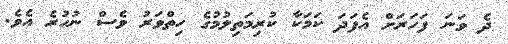
ދެ ވަނަ ފަހަރަށް އެފަދަ ކަމަކާ ކުރިމަތިލުމުގެ ހިތްވަރު ވެސް ނުހުރެ އެވެ.